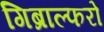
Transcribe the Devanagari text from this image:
गिब्राल्फरो